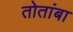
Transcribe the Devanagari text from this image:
तोतांबा